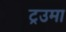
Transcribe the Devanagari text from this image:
ट्रउमा